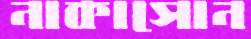
নাকাসোন